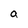
Character: a